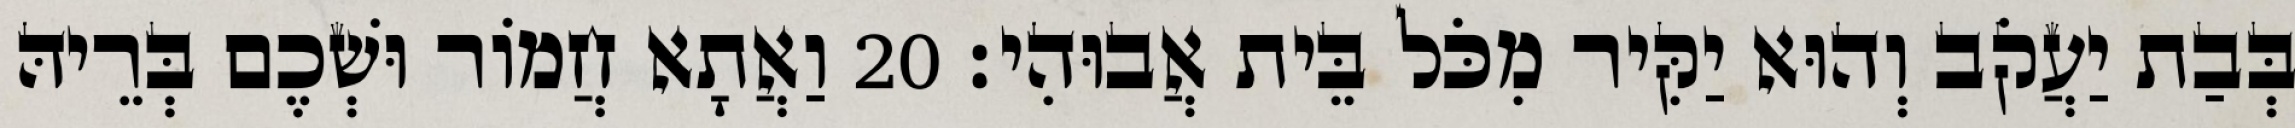
בְּבַת יַעֲקֹב וְהוּא יַקִּיר מִכֹּל בֵּית אֲבוּהִי׃ 20 וַאֲתָא חֲמוֹר וּשְׁכֶם בְּרֵיהּ